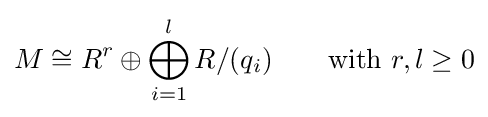
M\cong R^{r}\oplus \bigoplus _{i=1}^{l}R/(q_{i})\qquad {\text{with }}r,l\geq 0